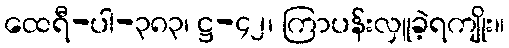
ထေရီ-ပါ-၃၈၃၊ ဋ္ဌ-၄၂၊ ကြာပန်းလှူခဲ့ရကျိုး။